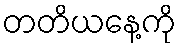
တတိယနေ့ကို